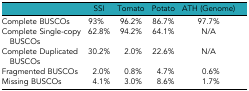
<table><thead><tr><td></td><td><b>SSI</b></td><td><b>Tomato</b></td><td><b>Potato</b></td><td><b>ATH (Genome)</b></td></tr></thead><tbody><tr><td>Complete BUSCOs</td><td>93%</td><td>96.2%</td><td>86.7%</td><td>97.7%</td></tr><tr><td>Complete Single-copy BUSCOs</td><td>62.8%</td><td>94.2%</td><td>64.1%</td><td>N/A</td></tr><tr><td>Complete Duplicated BUSCOs</td><td>30.2%</td><td>2.0%</td><td>22.6%</td><td>N/A</td></tr><tr><td>Fragmented BUSCOs</td><td>2.0%</td><td>0.8%</td><td>4.7%</td><td>0.6%</td></tr><tr><td>Missing BUSCOs</td><td>4.1%</td><td>3.0%</td><td>8.6%</td><td>1.7%</td></tr></tbody></table>